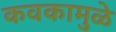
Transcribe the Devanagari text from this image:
कवकामुळे